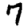
Digit: 7